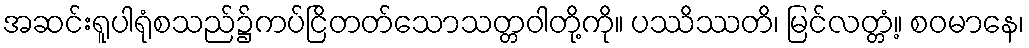
အဆင်းရူပါရုံစသည်၌ကပ်ငြိတတ်သောသတ္တဝါတို့ကို။ ပဿိဿတိ၊ မြင်လတ္တံ့။ စဝမာနေ၊